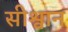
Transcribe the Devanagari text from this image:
सीश्वान